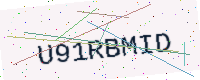
Text: U91RBMID